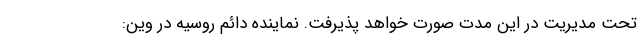
تحت مدیریت در این مدت صورت خواهد پذیرفت. نماینده دائم روسیه در وین: